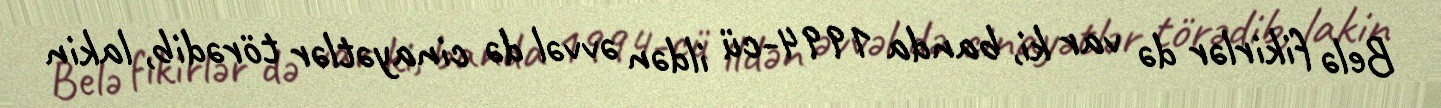
Belə fikirlər də var ki, banda 1994-cü ildən əvvəl də cinayətlər törədib, lakin